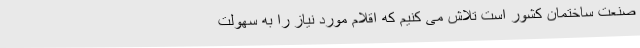
صنعت ساختمان کشور است تلاش می کنیم که اقلام مورد نیاز را به سهولت